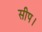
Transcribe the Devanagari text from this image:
सीप।